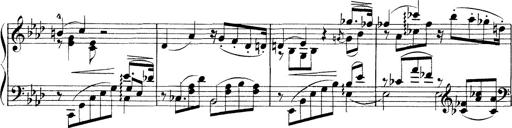
Title: 3 Ã‰tudes de concert
Composer: Franz Liszt